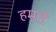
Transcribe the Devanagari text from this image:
हमतें